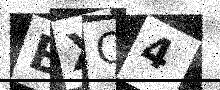
Text: BXQ4